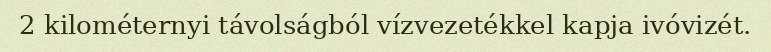
2 kilométernyi távolságból vízvezetékkel kapja ivóvizét.